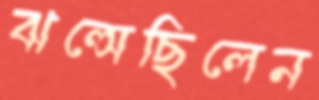
ঝল্‌সেছিলেন